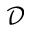
\mathcal { D }